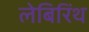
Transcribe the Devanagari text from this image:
लेबिरिंथ